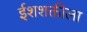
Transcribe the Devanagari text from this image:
ईशशक्तीला